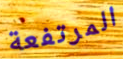
المرتفعة